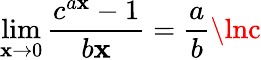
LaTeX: \operatorname*{lim}_{\mathbf{x}\to0}{\frac{{c^{a\mathbf{x}}-1}}{{b\mathbf{x}}}}={\frac{{a}}{{b}}}\lnc